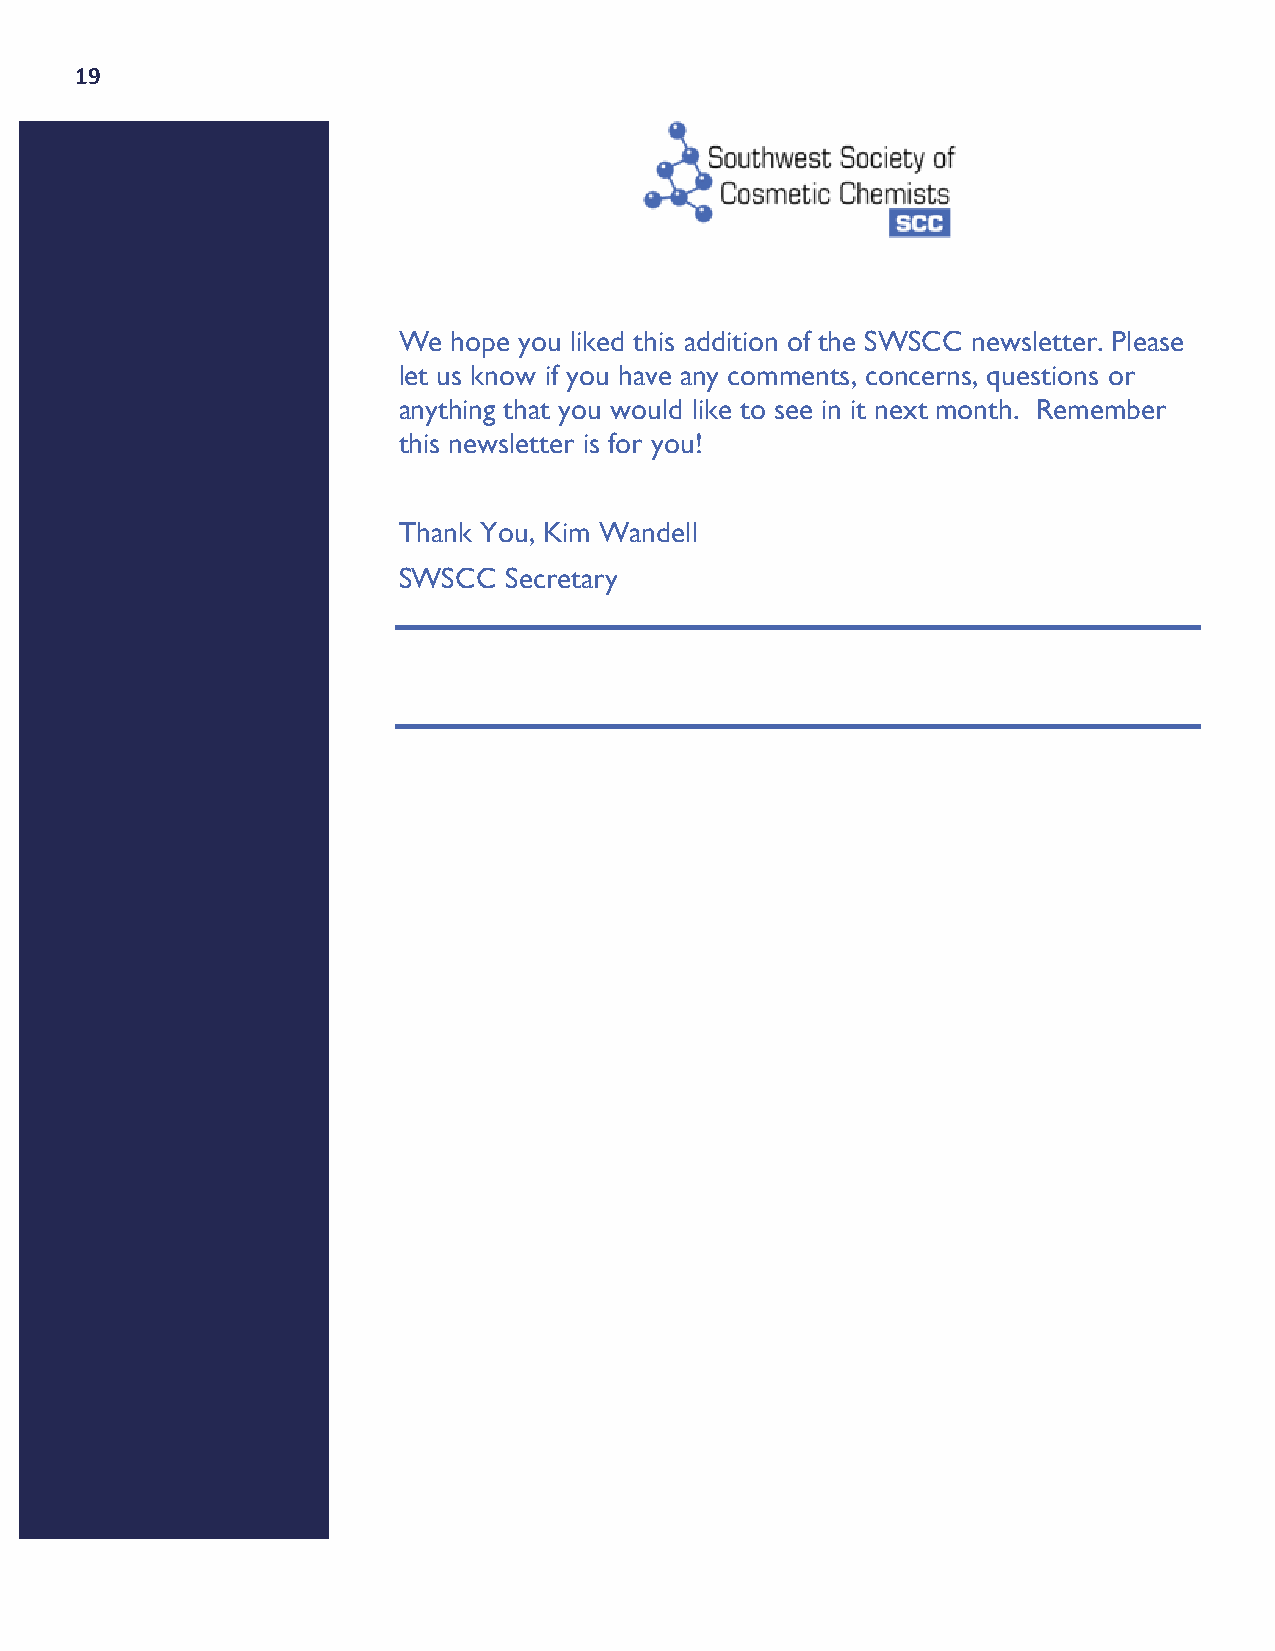
19
 We  hope you liked this addition of the SWSCC newsletter. Please
 let us know if you have any comments, concerns, questions or
 anything that you would like to see in it next month. Remember
 this newsletter is for you!
 Thank You, Kim Wandell
 SWSCC  Secretary